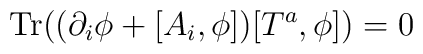
{\rm Tr}((\partial_i\phi +[A_i,\phi])[T^a,\phi])=0